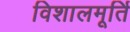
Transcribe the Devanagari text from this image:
विशालमूर्ति